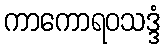
ကာကောရဝသဒ္ဒံ